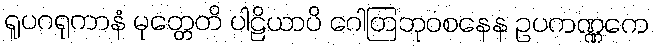
ရူပဂရုကာနံ မုတ္တေတိ ပါဠိယာပိ ဂေါတြဘုဝစနေန ဥပကဏ္ဏကေ